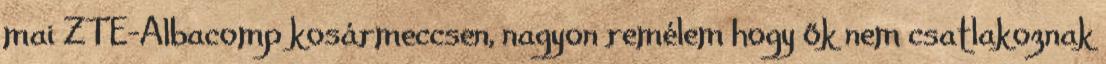
mai ZTE-Albacomp kosármeccsen, nagyon remélem hogy ők nem csatlakoznak